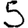
Digit: 5